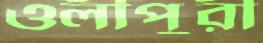
ওলীপুরী